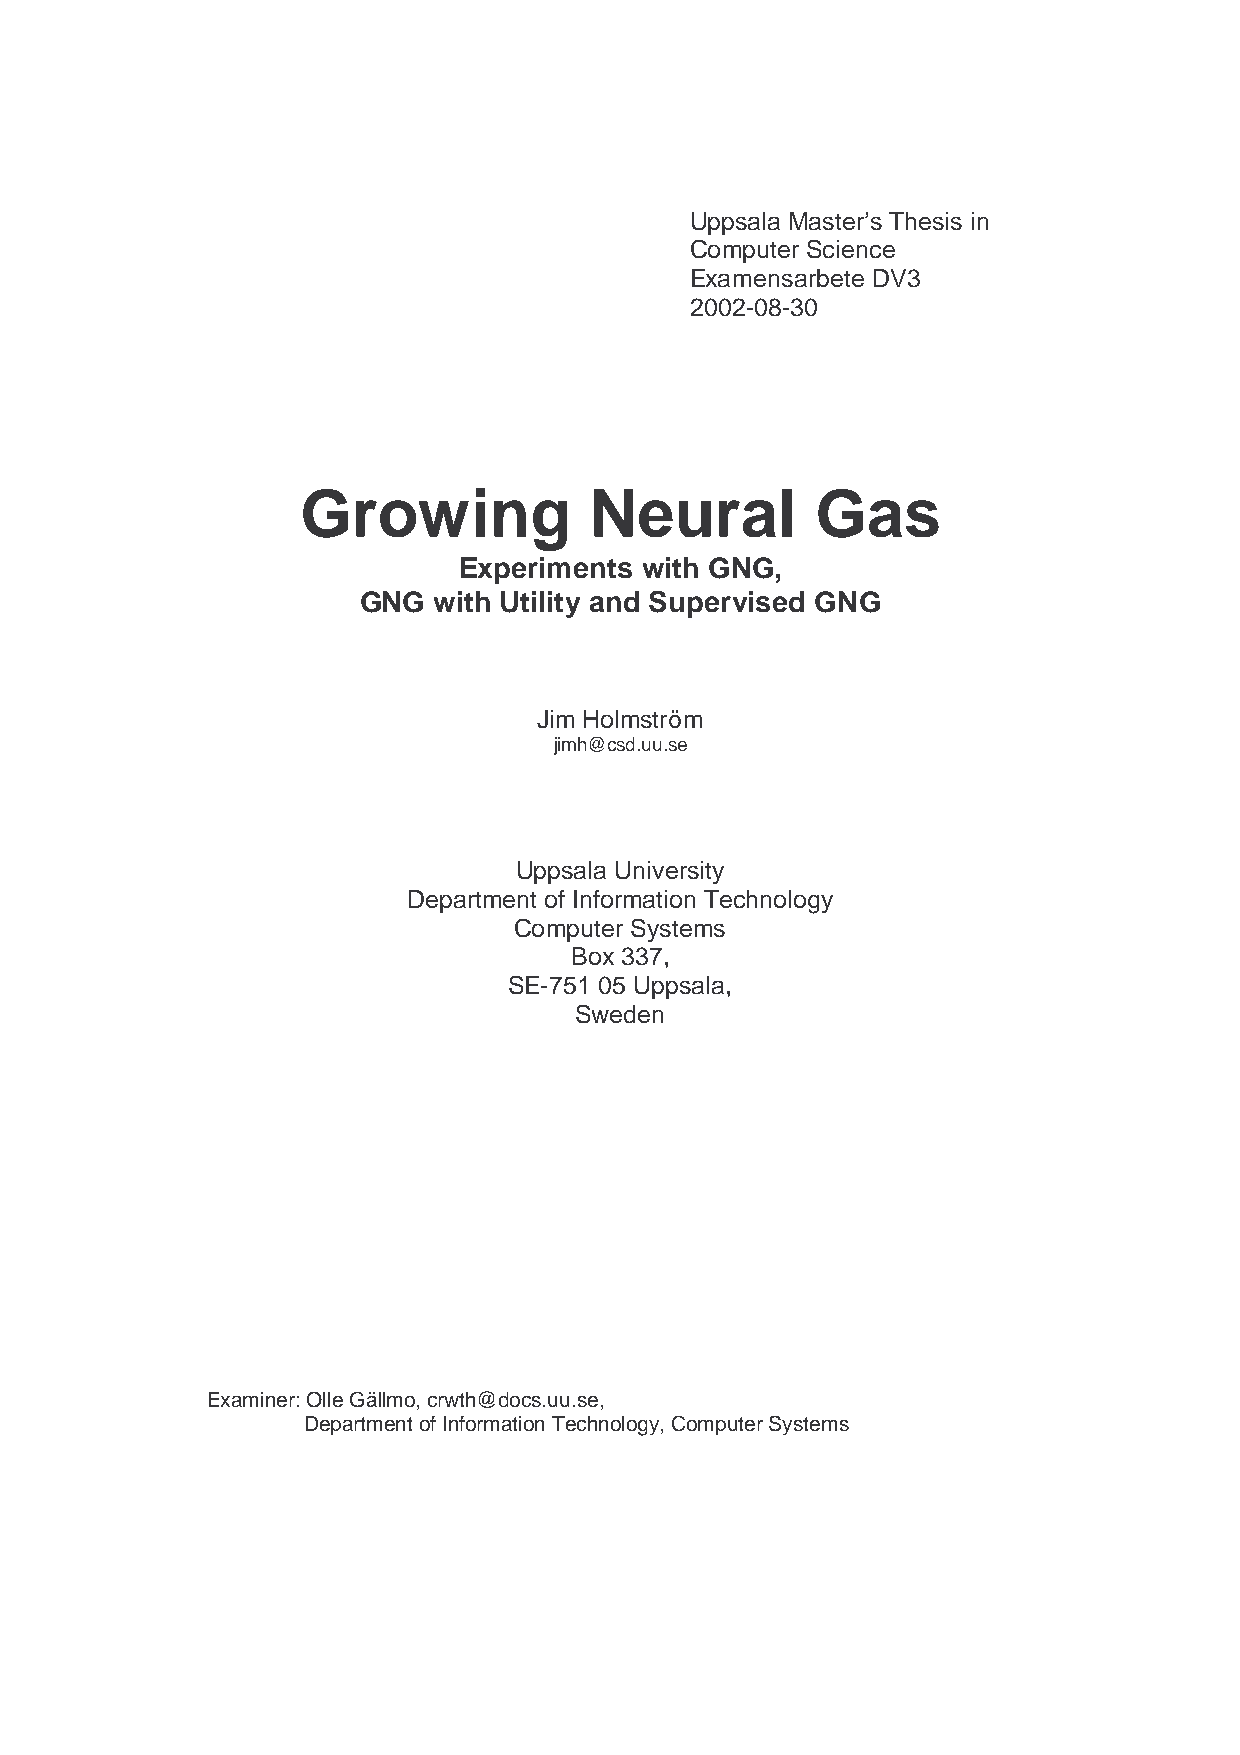
Uppsala Master’s Thesis in
 Computer Science
 Examensarbete DV3
 2002-08-30
 Growing            Neural         Gas
 Experiments with GNG,
 GNG  with Utility and Supervised GNG
 Jim Holmström
 jimh@csd.uu.se
 Uppsala University
 Department of Information Technology
 Computer Systems
 Box 337,
 SE-751 05 Uppsala,
 Sweden
 Examiner: Olle Gällmo, crwth@docs.uu.se,
 Department of Information Technology, Computer Systems